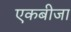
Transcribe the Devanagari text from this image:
एकबीजा